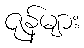
ဇုန်များ